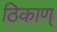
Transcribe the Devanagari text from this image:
ठिकाण्